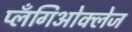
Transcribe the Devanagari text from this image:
प्लँगिओक्लेज